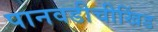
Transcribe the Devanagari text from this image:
पानवडीचीखिंड